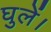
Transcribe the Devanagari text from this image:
घुलें।